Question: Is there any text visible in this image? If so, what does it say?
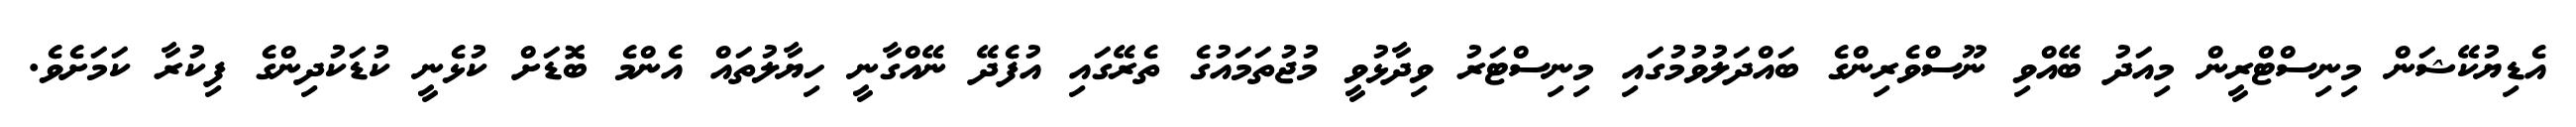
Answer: އެޑިޔުކޭޝަން މިނިސްޓްރީން މިއަދު ބޭއްވި ނޫސްވެރިންގެ ބައްދަލުވުމުގައި މިނިސްޓަރު ވިދާޅުވީ މުޖުތަމައުގެ ތެރޭގައި އުފެދޭ ނޭއްގާނީ ހިޔާލުތައް އެންމެ ބޮޑަށް ކުޅެނީ ކުޑަކުދިންގެ ފިކުރާ ކަމަށެވެ.